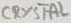
Text: CRYSTAL